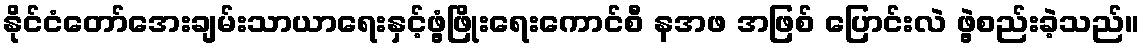
နိုင်ငံတော်အေးချမ်းသာယာရေးနှင့်ဖွံ့ဖြိုးရေးကောင်စီ နအဖ အဖြစ် ပြောင်းလဲ ဖွဲ့စည်းခဲ့သည်။